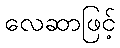
လေဆာဖြင့်